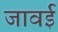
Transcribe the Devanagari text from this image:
जावई